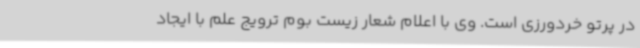
در پرتو خردورزی است. وی با اعلام شعار زیست بوم ترویج علم با ایجاد